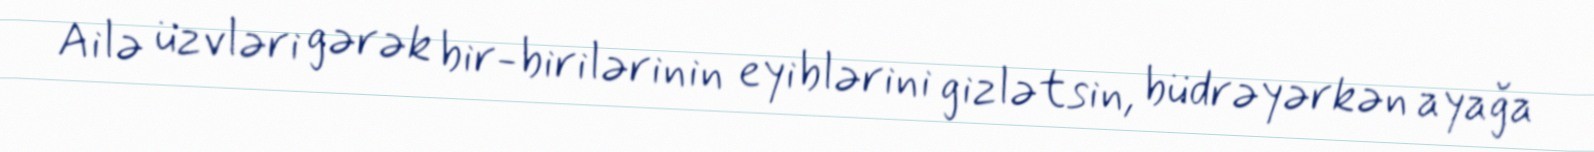
Ailə üzvləri gərək bir-birilərinin eyiblərini gizlətsin, büdrəyərkən ayağa